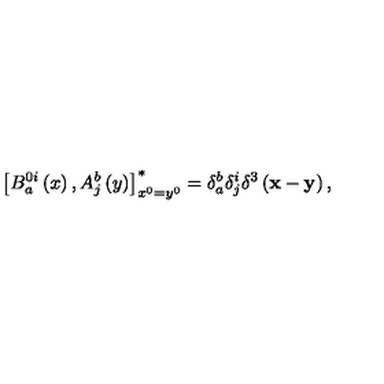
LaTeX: \left[ B _ { a } ^ { 0 i } \left( x \right) , A _ { j } ^ { b } \left( y \right) \right] _ { x ^ { 0 } = y ^ { 0 } } ^ { * } = \delta _ { a } ^ { b } \delta _ { j } ^ { i } \delta ^ { 3 } \left( { \bf x } - { \bf y } \right) ,